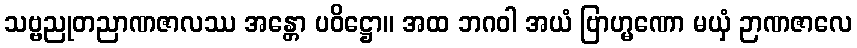
သဗ္ဗညုတညာဏဇာလဿ အန္တော ပဝိဋ္ဌော။ အထ ဘဂဝါ အယံ ဗြာဟ္မဏော မယှံ ဉာဏဇာလေ